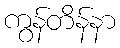
ကွန်တိန်နာ